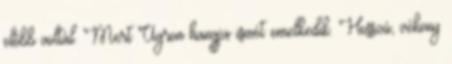
előbb voltál. Mert Ugron hangja ismét emelkedik. Hosszú, vékony